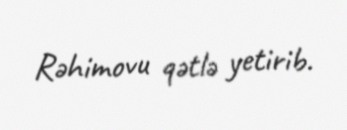
Rəhimovu qətlə yetirib.